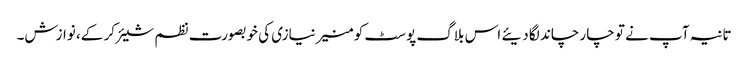
تانیہ آپ نے تو چار چاند لگا دیئے اس بلاگ پوسٹ کو منیر نیازی کی خوبصورت نظم شیئر کر کے، نوازش۔